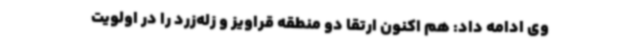
وی ادامه داد: هم اکنون ارتقا دو منطقه قراویز و زله‌زرد را در اولویت